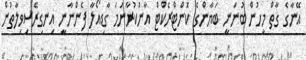
އޭނާގެ ގާތް މީހުން ބުނަނީ ބަޔާންގެ ކޮންޓްރެކްޓް އާނުކުރާނަމަ ގާޑިއޯލާ ފެންނާނީ އިނގިރޭސިވިލާތުން